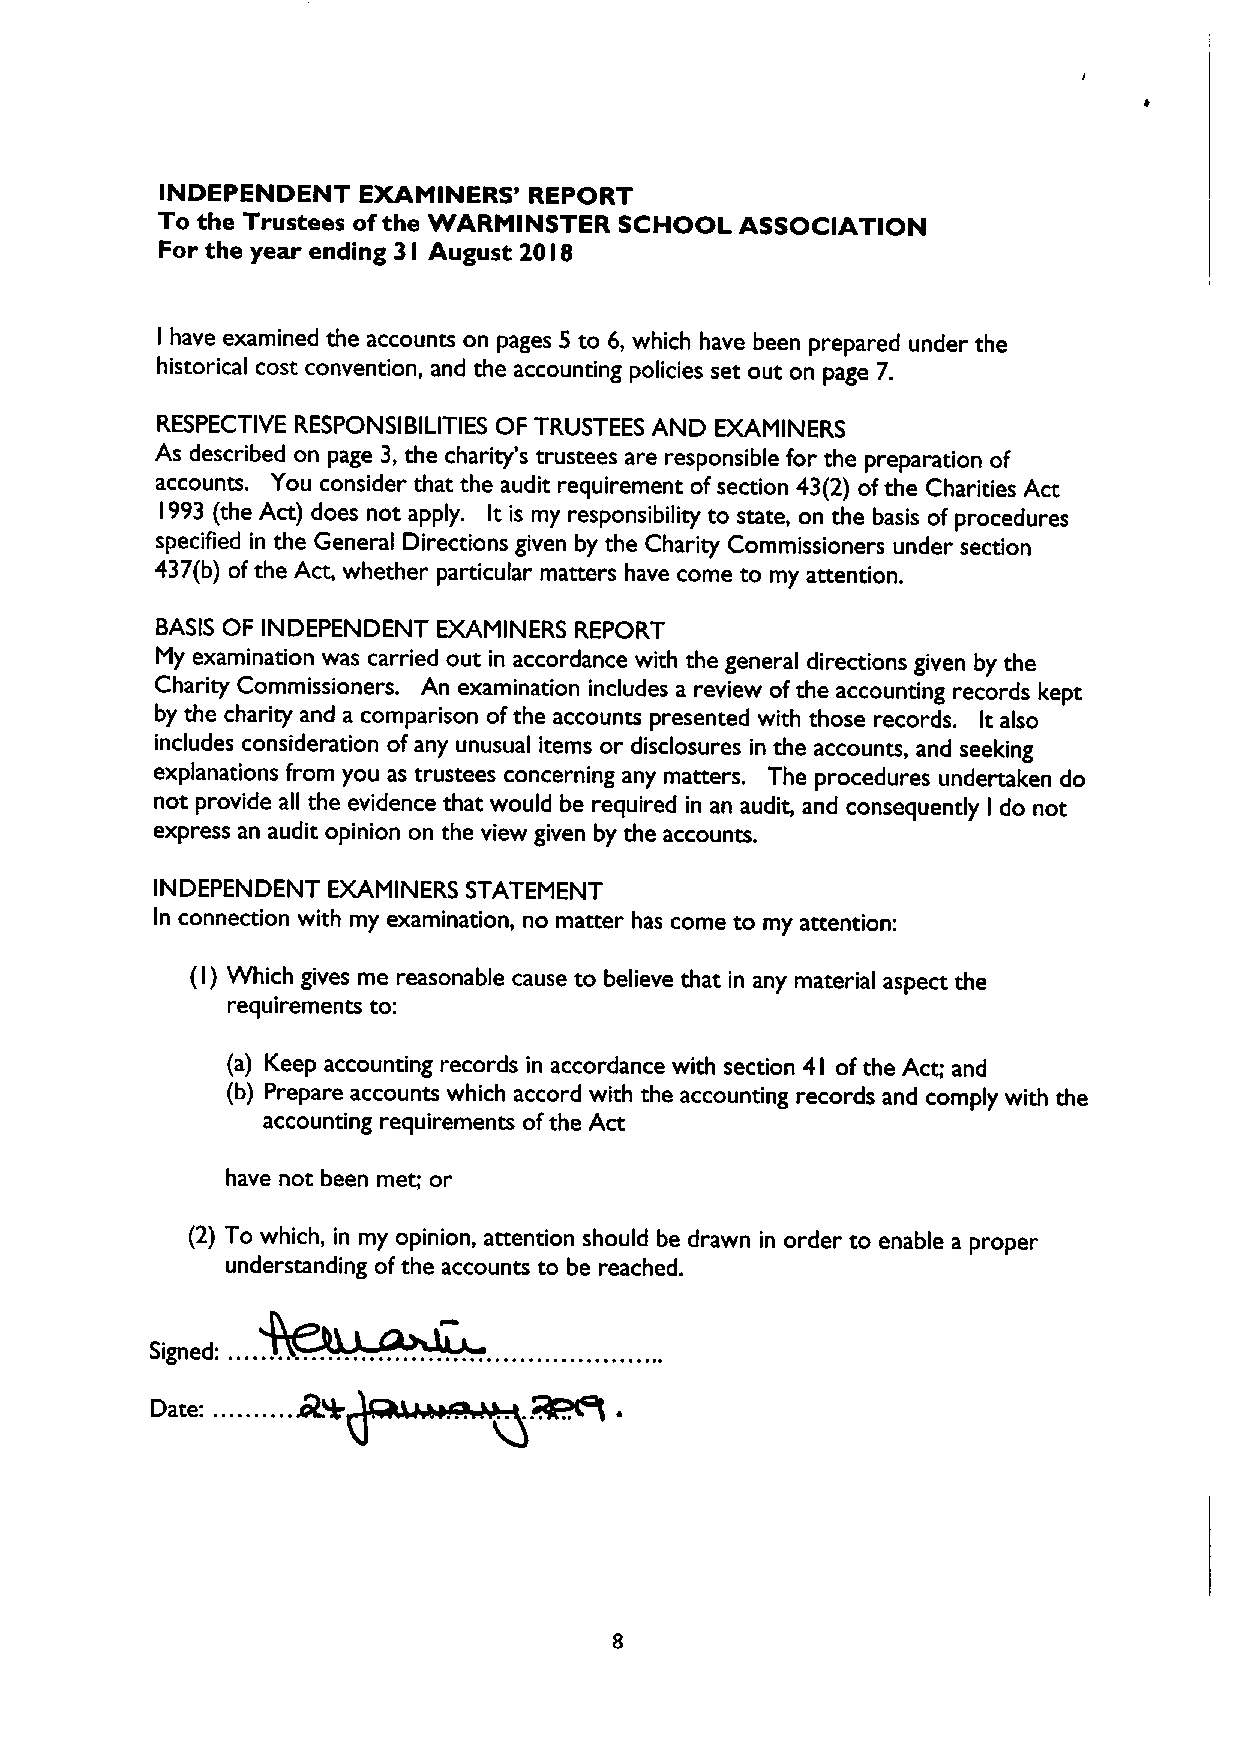
INDEPENDENT  EXAMINERS' REPORT
 To the Trustees ofthe VfARMINSTER SCHOOL ASSOCIATION
 For the year ending 3 August 20 8
 I        I
 I have examined the accounts on pages 5 to 6, which have been prepared under the
 historical cost convention, and the accounting policies set out on page 7.
 RESPECTIVE RESPONSIBILITIES OF TRUSTEES AND EXAMINERS
 As described on page 3,the charity's trustees are responsible for the preparation of
 accounts. You consider that the audit requirement ofsection 43(2) ofthe Charities Act
 I993 (the Act) does not apply. It is my responsibility to state, on the basis of procedures
 specified in the General Directions given by the Charity Commissioners under section
 437(b) ofthe Act, whether particular matters have come to my attention.
 BASIS OF INDEPENDENT EXAMINERS REPORT
 My examination was carried out in accordance with the general directions given by the
 Charity Commissioners. An examination includes a review ofthe accounting records kept
 by the charity and a comparison ofthe accounts presented with those records. It also
 includes consideration ofany unusual items or disclosures in the accounts, and seeking
 explanations from you as trustees concerning any matters. The procedures undertaken do
 not provide all the evidence that would be required in an audit, and consequently do not
 I
 express an audit opinion on the view given by the accounts.
 INDEPENDENT EXAMINERS STATEMENT
 In connection with my examination, no matter has come to my attention:
 (I) Which gives me reasonable cause to believe that in any material aspect the
 requirements to:
 (a) Keep accounting records in accordance with section 4I ofthe Act; and
 (b) Prepare accounts which accord with the accounting records and comply with the
 accounting requirements ofthe Act
 have not been met; or
 (2) To which, in my opinion, attention should be drawn in order to enable a proper
 understanding ofthe accounts to be reached.
 Signed:
 Date: